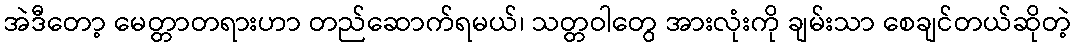
အဲဒီတော့ မေတ္တာတရားဟာ တည်ဆောက်ရမယ်၊ သတ္တဝါတွေ အားလုံးကို ချမ်းသာ စေချင်တယ်ဆိုတဲ့